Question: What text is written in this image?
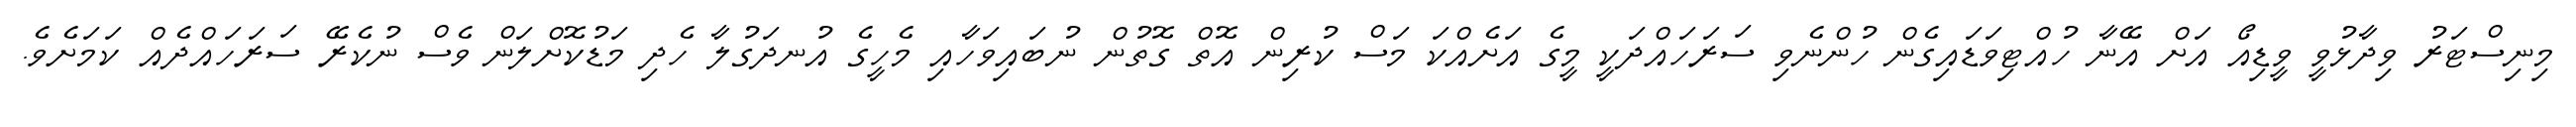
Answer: މިނިސްޓަރު ވިދާޅުވީ ވީޑިއޯ އަށް އޭނާ ހުއްޓިވަޑައިގެން ހުންނެވި ސަރަހައްދަކީ މީގެ އަށެއްކަ މަސް ކުރިން އޮތް ގޮތުން ނުބައިވަހާއި މެހީގެ އުނދަގުލާ ހެދި މަޑުކޮށްލަން ވެސް ނުކެރޭ ސަރަހައްދެއް ކަމަށެވެ.